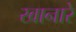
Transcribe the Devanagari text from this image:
खानारे